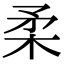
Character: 柔